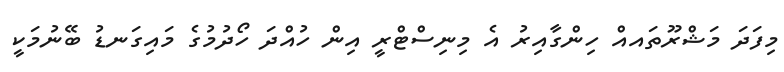
މިފަދަ މަޝްރޫތައއް ހިންގާއިރު އެ މިނިސްޓްރީ އިން ހުއްދަ ހޯދުމުގެ މައިގަނޑު ބޭނުމަކީ